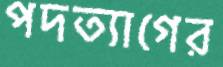
পদত্যাগের